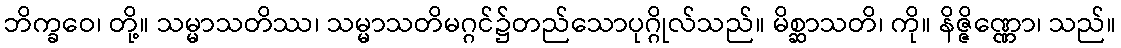
ဘိက္ခဝေ၊ တို့။ သမ္မာသတိဿ၊ သမ္မာသတိမဂ္ဂင်၌တည်သောပုဂ္ဂိုလ်သည်။ မိစ္ဆာသတိ၊ ကို။ နိဇ္ဇိဏ္ဏော၊ သည်။